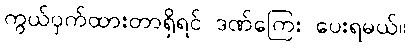
ကွယ်ဝှက်ထားတာရှိရင် ဒဏ်ကြေး ပေးရမယ်။